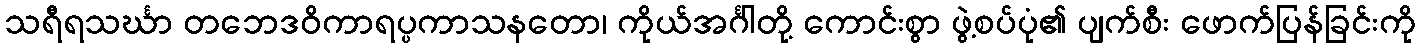
သရီရသင်္ဃာ တဘေဒဝိကာရပ္ပကာသနတော၊ ကိုယ်အင်္ဂါတို့ ကောင်းစွာ ဖွဲ့စပ်ပုံ၏ ပျက်စီး ဖောက်ပြန်ခြင်းကို